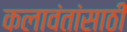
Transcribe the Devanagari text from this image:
कलावंतांसाठी